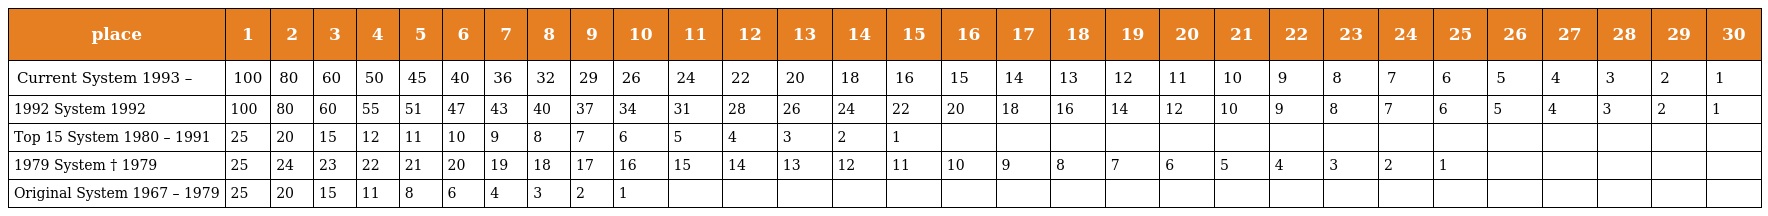
| place | 1 | 2 | 3 | 4 | 5 | 6 | 7 | 8 | 9 | 10 | 11 | 12 | 13 | 14 | 15 | 16 | 17 | 18 | 19 | 20 | 21 | 22 | 23 | 24 | 25 | 26 | 27 | 28 | 29 | 30 |
 | --- | --- | --- | --- | --- | --- | --- | --- | --- | --- | --- | --- | --- | --- | --- | --- | --- | --- | --- | --- | --- | --- | --- | --- | --- | --- | --- | --- | --- | --- | --- |
 | Current System 1993 – | 100 | 80 | 60 | 50 | 45 | 40 | 36 | 32 | 29 | 26 | 24 | 22 | 20 | 18 | 16 | 15 | 14 | 13 | 12 | 11 | 10 | 9 | 8 | 7 | 6 | 5 | 4 | 3 | 2 | 1 |
 | 1992 System 1992 | 100 | 80 | 60 | 55 | 51 | 47 | 43 | 40 | 37 | 34 | 31 | 28 | 26 | 24 | 22 | 20 | 18 | 16 | 14 | 12 | 10 | 9 | 8 | 7 | 6 | 5 | 4 | 3 | 2 | 1 |
 | Top 15 System 1980 – 1991 | 25 | 20 | 15 | 12 | 11 | 10 | 9 | 8 | 7 | 6 | 5 | 4 | 3 | 2 | 1 |  |  |  |  |  |  |  |  |  |  |  |  |  |  |  |
 | 1979 System † 1979 | 25 | 24 | 23 | 22 | 21 | 20 | 19 | 18 | 17 | 16 | 15 | 14 | 13 | 12 | 11 | 10 | 9 | 8 | 7 | 6 | 5 | 4 | 3 | 2 | 1 |  |  |  |  |  |
 | Original System 1967 – 1979 | 25 | 20 | 15 | 11 | 8 | 6 | 4 | 3 | 2 | 1 |  |  |  |  |  |  |  |  |  |  |  |  |  |  |  |  |  |  |  |  |